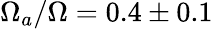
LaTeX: \Omega_{a}/\Omega=0.4\pm 0.1